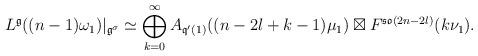
LaTeX: \begin{align*}L^{\frak{g}}((n-1)\omega_1)|_{\frak{g}^\sigma}\simeq\bigoplus_{k=0}^{\infty} A_{\frak{q}'(1)}((n-2l+k-1)\mu_1)\boxtimes F^{\frak{so}(2n-2l)}(k\nu_1).\end{align*}